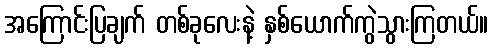
အကြောင်းပြချက် တစ်ခုလေးနဲ့ နှစ်ယောက်ကွဲသွားကြတယ်။